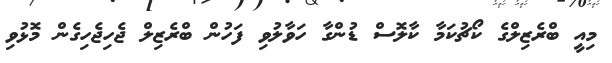
މިއީ ބްރެޒިލްގެ ކޯޗުކަމާ ކާލޮސް ޑުންގާ ހަވާލުވި ފަހުން ބްރެޒިލް ޖެހިޖެހިގެން މޮޅުވި